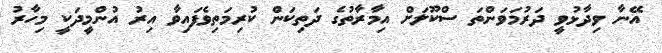
އޭނާ ވިދާޅުވީ ދަރުމަވަންތަ ސްކޫލަށް އިމާރާތުގެ ދަތިކަން ކުރިމަތިވެފައިވާ އިރު އުންމީދަކީ މިހާރު